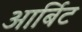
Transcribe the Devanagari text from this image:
आर्बिट